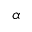
\alpha